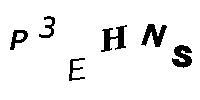
P3EHNS